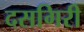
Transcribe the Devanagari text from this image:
दसगिरी